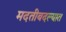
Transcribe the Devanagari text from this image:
मदतीबदल्यात